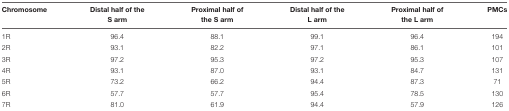
| Chromosome | Distal half of the S arm | Proximal half of the S arm | Distal half of the L arm | Proximal half of the L arm | PMCs |
 | --- | --- | --- | --- | --- | --- |
 | 1R | 96.4 | 88.1 | 99.1 | 96.4 | 194 |
 | 2R | 93.1 | 82.2 | 97.1 | 86.1 | 101 |
 | 3R | 97.2 | 95.3 | 97.2 | 95.3 | 107 |
 | 4R | 93.1 | 87.0 | 93.1 | 84.7 | 131 |
 | 5R | 73.2 | 66.2 | 94.4 | 87.3 | 71 |
 | 6R | 57.7 | 57.7 | 95.4 | 78.5 | 130 |
 | 7R | 81.0 | 61.9 | 94.4 | 57.9 | 126 |